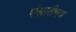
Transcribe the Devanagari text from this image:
पंसारीगण